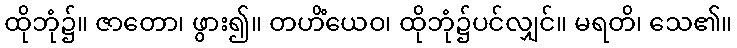
ထိုဘုံ၌။ ဇာတော၊ ဖွား၍။ တဟိံယေဝ၊ ထိုဘုံ၌ပင်လျှင်။ မရတိ၊ သေ၏။